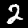
Label: 2